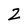
Character: 2